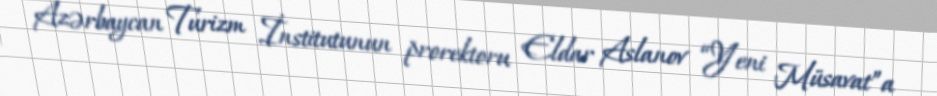
Azərbaycan Turizm İnstitutunun prorektoru Eldar Aslanov “Yeni Müsavat”a